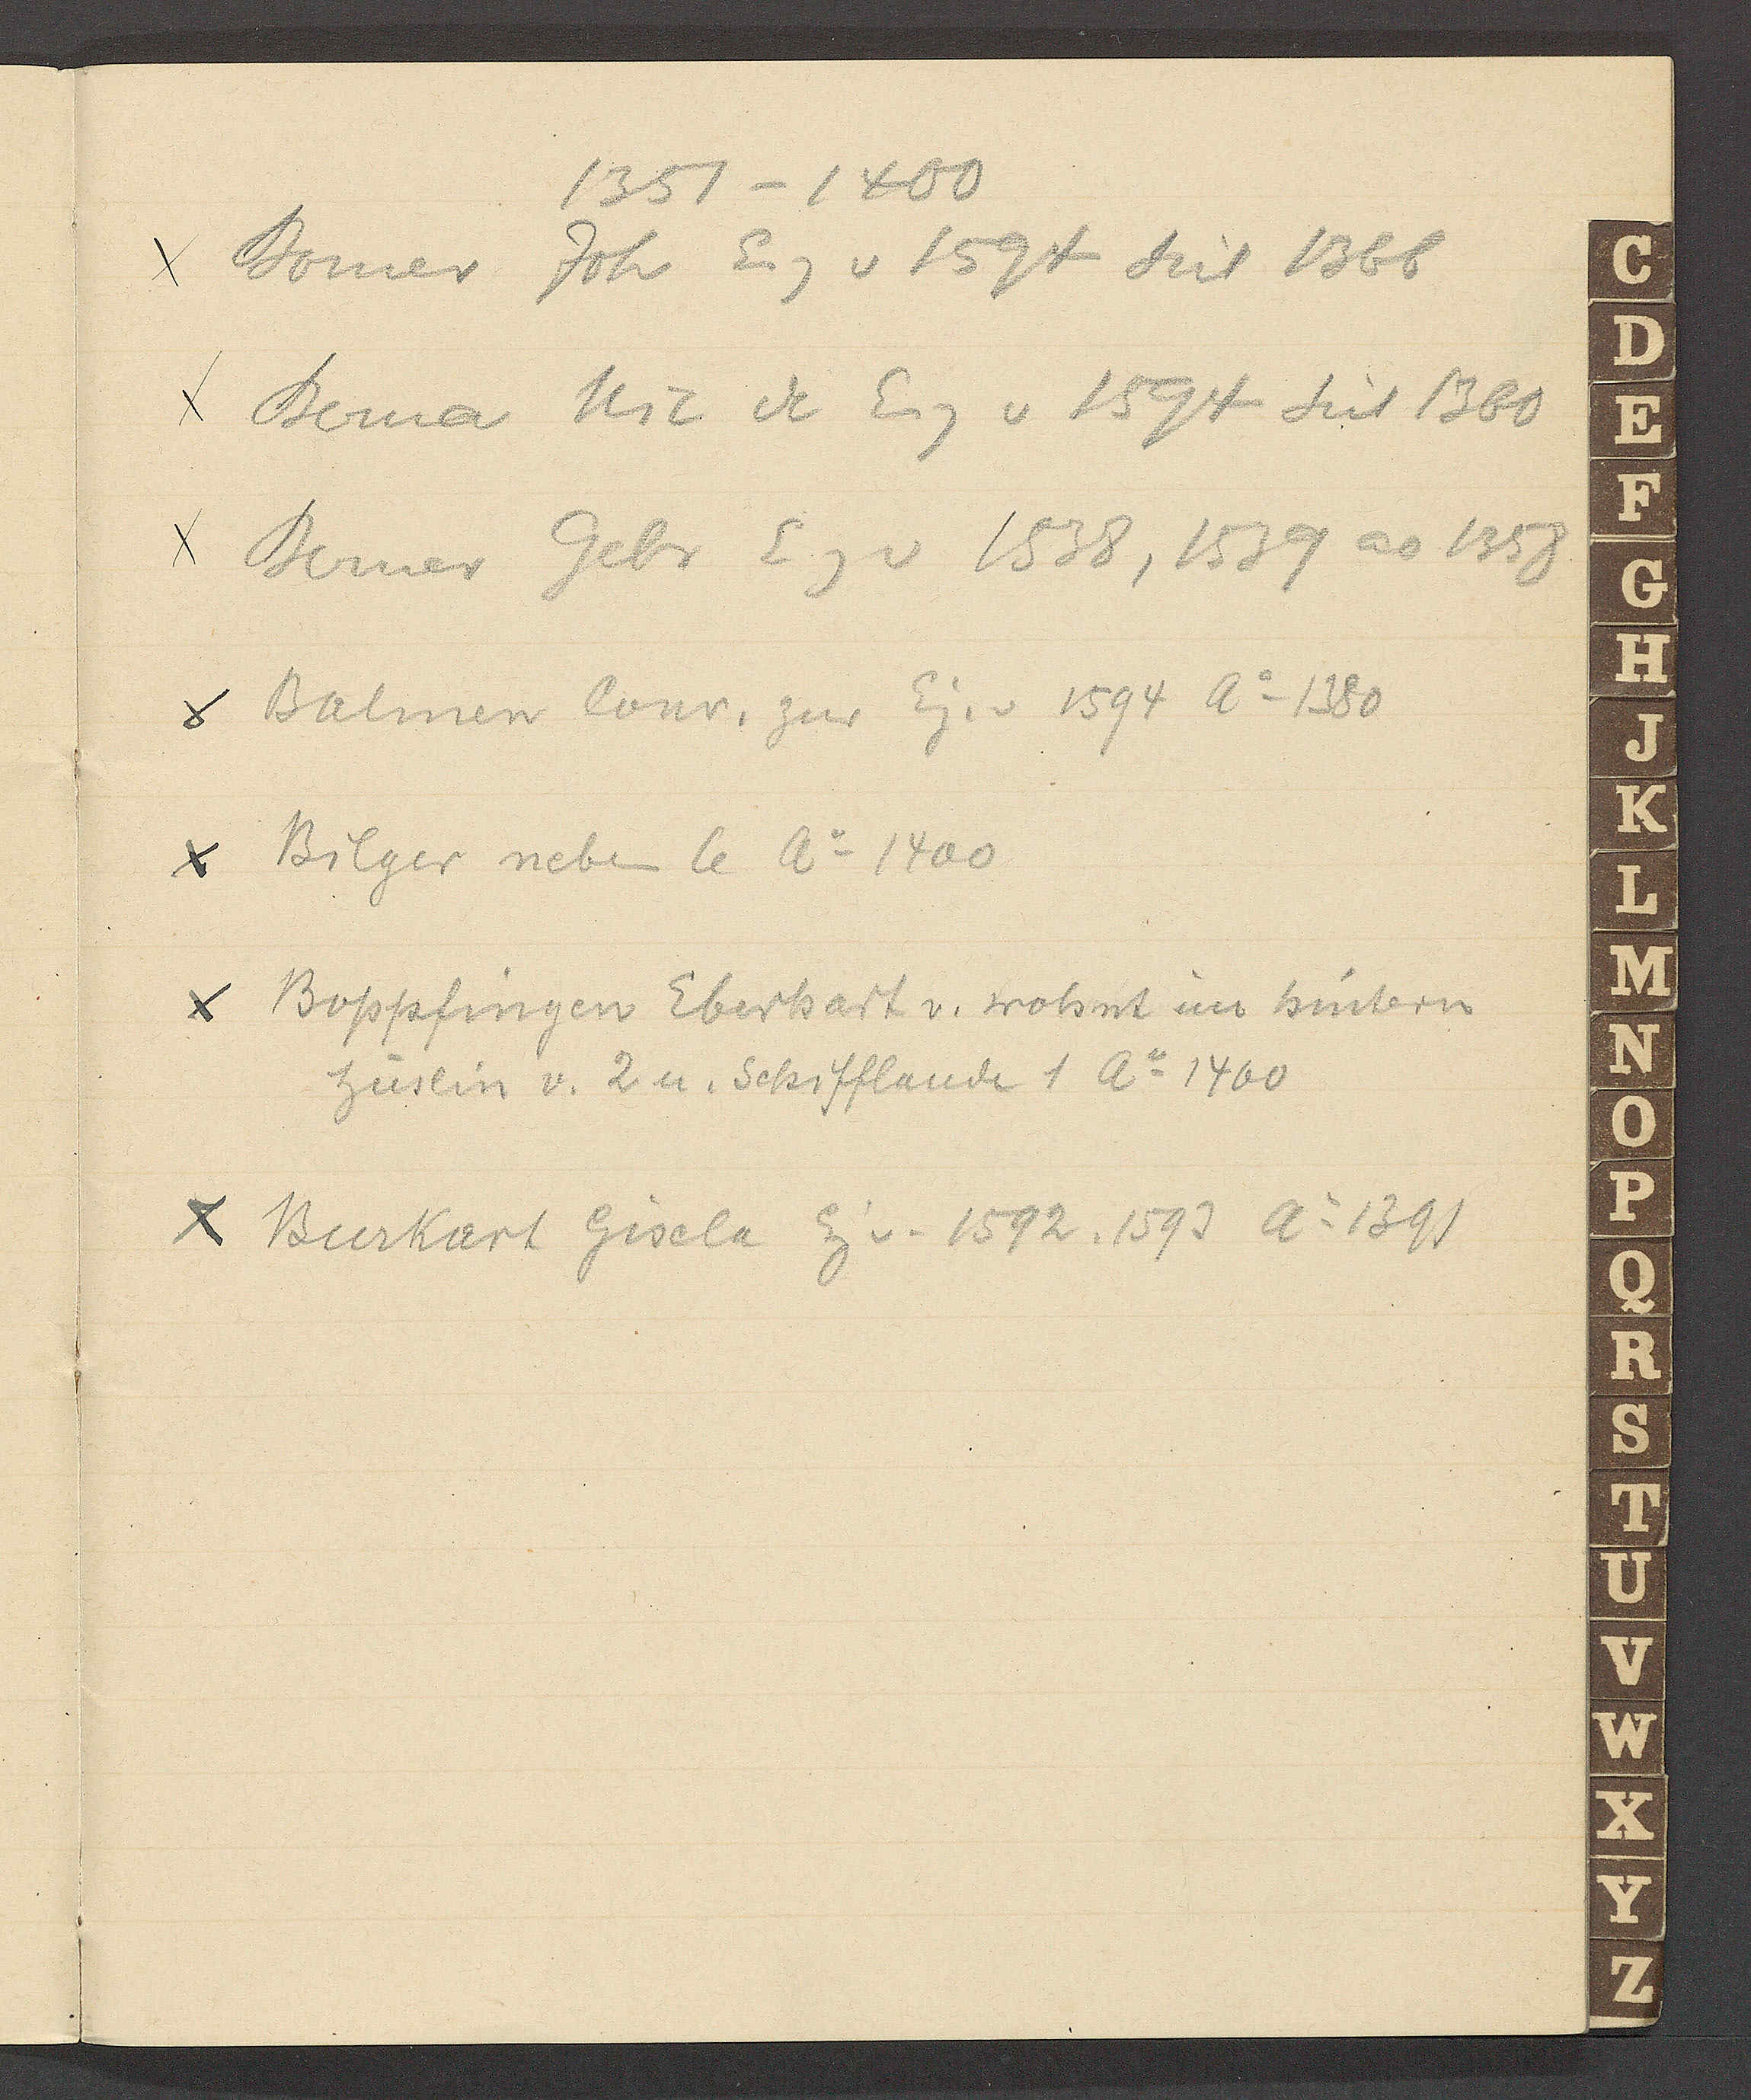
Transcript:
1351 – 1400
Boemer Joh Eig v 1594 seit 1366
Berna Nic de Eig v 1594 seit 1360
Berner Gebr Eg v 1538,1539 ao 1358
Balmen Conr. zur Eig. v. 1594 Ao 1380
Bilger neben 4 Ao 1400
Boppfingen Eberhart v. wohnt im hintern
Hüslin v. 2 u. Schifflande 1 Ao 1460
Burkart Gisela Eig v. 1592,1593 Ao 1391